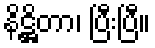
နိဋ္ဌိတာ၊ ပြီးပြီ။